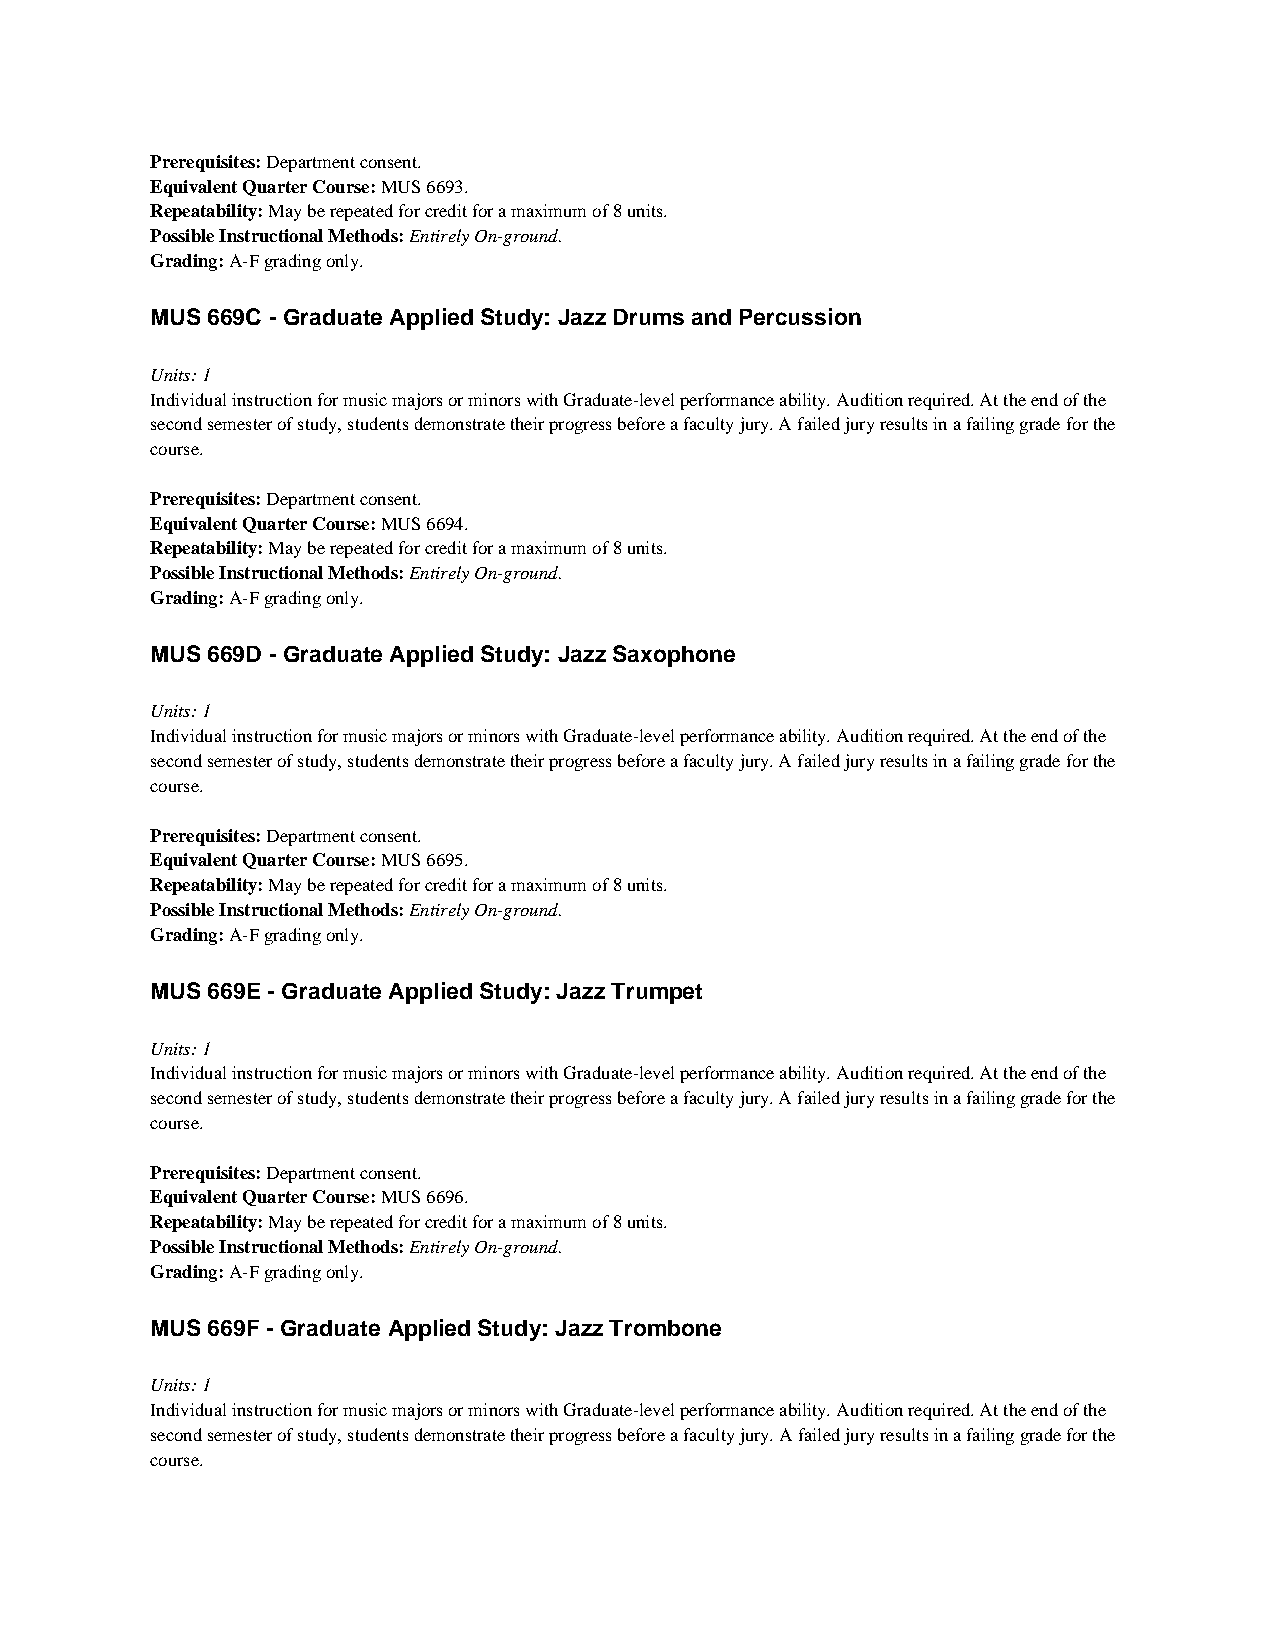
Prerequisites: Department consent.
 Equivalent Quarter Course: MUS 6693.
 Repeatability: May be repeated for credit for a maximum of 8 units.
 Possible Instructional Methods: Entirely On-ground.
 Grading: A-F grading only.
 MUS 669C - Graduate Applied Study: Jazz Drums and Percussion
 Units: 1
 Individual instruction for music majors or minors with Graduate-level performance ability. Audition required. At the end of the
 second semester of study, students demonstrate their progress before a faculty jury. A failed jury results in a failing grade for the
 course.
 Prerequisites: Department consent.
 Equivalent Quarter Course: MUS 6694.
 Repeatability: May be repeated for credit for a maximum of 8 units.
 Possible Instructional Methods: Entirely On-ground.
 Grading: A-F grading only.
 MUS 669D - Graduate Applied Study: Jazz Saxophone
 Units: 1
 Individual instruction for music majors or minors with Graduate-level performance ability. Audition required. At the end of the
 second semester of study, students demonstrate their progress before a faculty jury. A failed jury results in a failing grade for the
 course.
 Prerequisites: Department consent.
 Equivalent Quarter Course: MUS 6695.
 Repeatability: May be repeated for credit for a maximum of 8 units.
 Possible Instructional Methods: Entirely On-ground.
 Grading: A-F grading only.
 MUS 669E - Graduate Applied Study: Jazz Trumpet
 Units: 1
 Individual instruction for music majors or minors with Graduate-level performance ability. Audition required. At the end of the
 second semester of study, students demonstrate their progress before a faculty jury. A failed jury results in a failing grade for the
 course.
 Prerequisites: Department consent.
 Equivalent Quarter Course: MUS 6696.
 Repeatability: May be repeated for credit for a maximum of 8 units.
 Possible Instructional Methods: Entirely On-ground.
 Grading: A-F grading only.
 MUS 669F - Graduate Applied Study: Jazz Trombone
 Units: 1
 Individual instruction for music majors or minors with Graduate-level performance ability. Audition required. At the end of the
 second semester of study, students demonstrate their progress before a faculty jury. A failed jury results in a failing grade for the
 course.